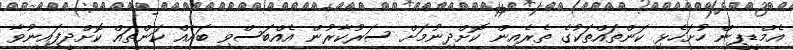
އެމްޑީޕީން ހުށަހެޅި ކަންތައްތަކުގެ ތެރެއިން ކޮށްދިނުމަށް ސަރުކާރުން އެއްބަސްވި ބައެއް ކަންތައް ކޮށްދީފައިނުވާ